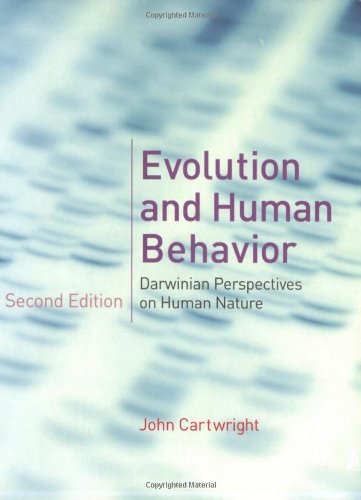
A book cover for Evolution and Human Behavior: Darwinian Perspectives on Human Nature, 2nd edition (A Bradford Book); John Cartwright; Medical Books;